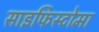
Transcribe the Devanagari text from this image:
साइफिस्टोमा